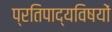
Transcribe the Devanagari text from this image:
प्रतिपाद्यविषयों